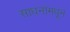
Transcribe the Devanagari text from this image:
साधनांमधून